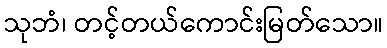
သုဘံ၊ တင့်တယ်ကောင်းမြတ်သော။